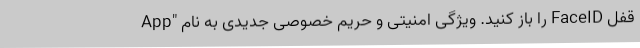
قفل FaceID را باز کنید. ویژگی امنیتی و حریم خصوصی جدیدی به نام "App